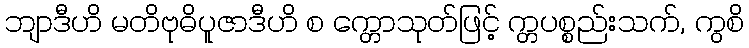
ဘျာဒီဟိ မတိဗုဓိပူဇာဒီဟိ စ က္တောသုတ်ဖြင့် က္တပစ္စည်းသက်, ကွစိ